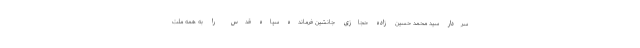
سردار سید محمد حسین زاده حجازی جانشین فرمانده سپاه قدس را به همه ملت